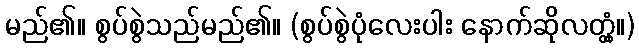
မည်၏။ စွပ်စွဲသည်မည်၏။ (စွပ်စွဲပုံလေးပါး နောက်ဆိုလတ္တံ့။)